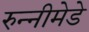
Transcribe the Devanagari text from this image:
रुन्नीमेडे